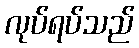
လုပ်ရပ်သည်